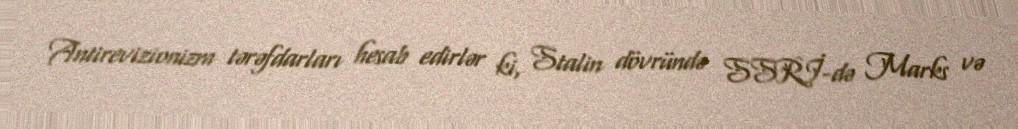
Antirevizionizm tərəfdarları hesab edirlər ki, Stalin dövründə SSRİ-də Marks və